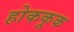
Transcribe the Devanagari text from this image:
होककूक